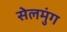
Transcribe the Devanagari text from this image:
सेलमुंग